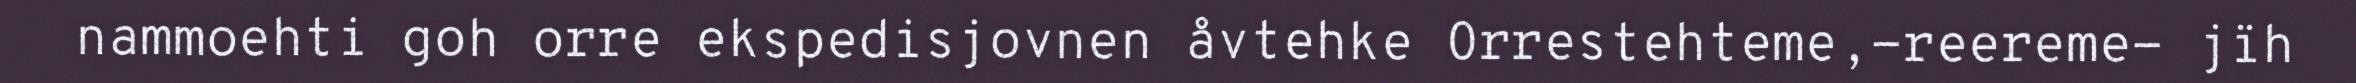
nammoehti goh orre ekspedisjovnen åvtehke Orrestehteme,-reereme- jïh